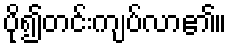
ပို၍တင်းကျပ်လာ၏။